King Institute of Preventive Medicine Micro-Biological Section reports 1912-19
Year: 1912
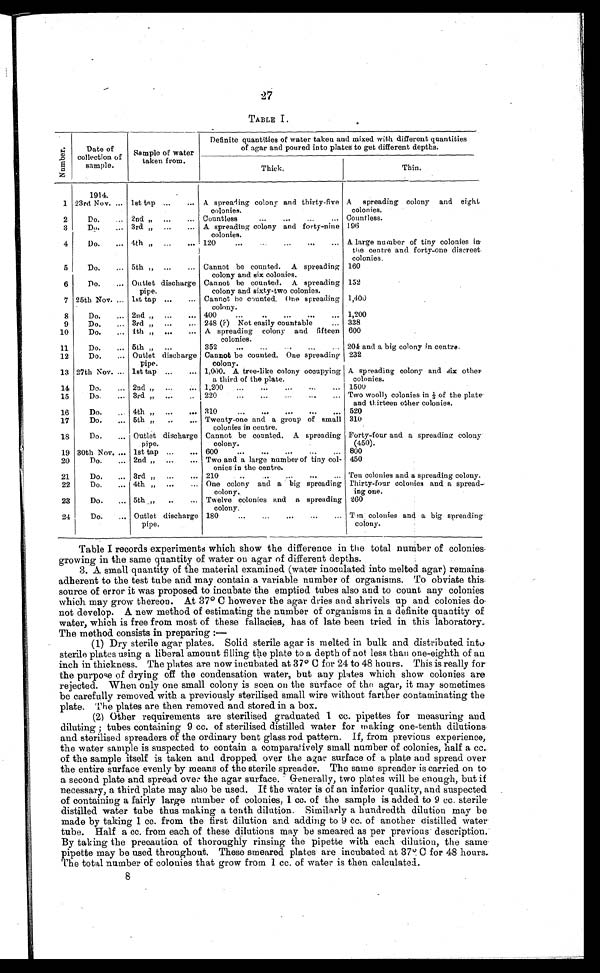
27
TABLE I.
Nu mb e r .
Date of
collection of
sample.
Sample of water
taken from.
Definite quantities of water taken and mixed with different quantities
of agar and poured into plates to get different depths.
Thick.
Thin.
1914.
1 23rd Nov. . . . 1st tap . . .
A spreading colony and thirty-five
colonies.
A spreading colony and eight
colonies.
2
Do. . . . 2nd " . . .
Countless . . .
Countless.
3
Do. . . . 3rd " . . .
A spreading colony and forty-nine
colonies.
196
4
Do. . . . 4th " . . .
120 . . . A large number of tiny colonies in
the centre and forty-one discreet
colonies.
5
Do. . . . 5th " . . .
Cannot be counted. A spreading
colony and six colonies.
160
6
Do. . . . Outlet discharge
pipe.
Cannot be counted. A spreading
colony and sixty-two colonies.
152
7 25th Nov. . . . 1st tap . . .
Cannot he counted. One spreading
colony.
1,400
8
Do. . . . 2nd " . . .
400 . . . 1,200
9
Do. . . . 3rd " . . .
248 (?) Not easily countable . . . 338
10
Do. . . . 4th " . . .
A spreading colony and fifteen
colonies.
600
11
Do. . . . 5th " . . .
352 . . . 204 and a big colony in centre.
12
Do. . . . Outlet discharge
pipe.
Cannot be counted. One spreading
colony.
232
13 27th Nov. . . . 1st tap . . .
1,000. A tree-like colony occupying
a third of the plate.
A spreading colony and s ix other
colonies.
14
Do. . . . 2nd " . . .
1,200 . . . 1500
15
Do. . . . 3rd " . . .
220 . . . Two woolly colonies in 1/3 of the plate
and thirteen other colonies.
16
Do. . . . 4th " . . .
310
.
.
. 520
17
Do. . . . 5th " . . .
Twenty-one and a group of small
colonies in centre.
310
18
Do. . . . Outlet discharge
pipe.
Cannot be counted. A spreading
colony.
Forty-four and a spreading colony
(450).
19 30th Nov. . . . 1st tap . . .
600
.
.
. 800
20
Do. . . . 2nd " . . .
Two and a large number of tiny col-
onies in the centre.
450
21
Do. . . . 3rd " . . .
210
.
.
. Ten colonies and a spreading colony.
22
Do. . . . 4th " . . .
One colony and a big spreading
colony.
Thirty-four colonies and a spread
-
ing one.
23
Do. . . . 5th " . . .
Twelve colonies and a spreading
colony.
260
24
Do. . . . Outlet discharge
pipe.
180
.
.
. Ten colonies and a big spreading
colony.
Table I records experiments which show the difference in the total number of colonies
growing in the same quantity of water on agar of different depths.
3. A small quantity of the material examined (water inoculated into melted agar) remains
adherent to the test tube and may contain a variable number of organisms. To obviate this
source of error it was proposed to incubate the emptied tubes also and to count any colonies
which may grow thereon. At 37° C however the agar dries and shrivels up and colonies do
not develop. A new method of estimating the number of organisms in a definite quantity of
water, which is free from most of these fallacies, has of late been tried in this laboratory.
The method consists in preparing :
—
(1) Dry sterile agar plates. Solid sterile agar is melted in bulk and distributed into
sterile plates using a liberal amount filling the plate to a depth of not less than one-eighth of an
inch in thickness. The plates are now incubated at 37°C for 24 to 48 hours. This is really for
the purpose of drying off the condensation water, but any plates which show colonies are
rejected. When only one small colony is seen on the surface of the agar, it may sometimes
be carefully removed with a previously sterilised small wire without farther contaminating the
plate. The plates are then removed and stored in a box.
(2) Other requirements are sterilised graduated 1 cc. pipettes for measuring and
diluting ; tubes containing 9 cc. of sterilised distilled water for making one-tenth dilutions.
and sterilised spreaders of the ordinary bent glass rod pattern. If, from previous experience,
the water sample is suspected to contain a comparatively small number of colonies, half a cc.
of the sample itself is taken and dropped over the agar surface of a plate and spread over
the entire surface evenly by means of the sterile spreader. The same spreader is carried on to
a second plate and spread over the agar surface. Generally, two plates will be enough, but if
necessary, a third plate may also be used. If the water is of an inferior quality, and suspected
of containing a fairly large number of colonies, 1 cc. of the sample is added to 9 cc. sterile
distilled water tube thus making a tenth dilution. Similarly a hundredth dilution may be
made by taking 1 cc. from the first dilution and adding to 9 cc. of another distilled water
tube. Half a cc. from each of these dilutions may be smeared as per previous description.
By taking the precaution of thoroughly rinsing the pipette with each dilution, the same
pipette may be used throughout. These smeared plates are incubated at 37° C for 48 hours.
The total number of colonies that grow from 1 cc. of water is then calculated.
8